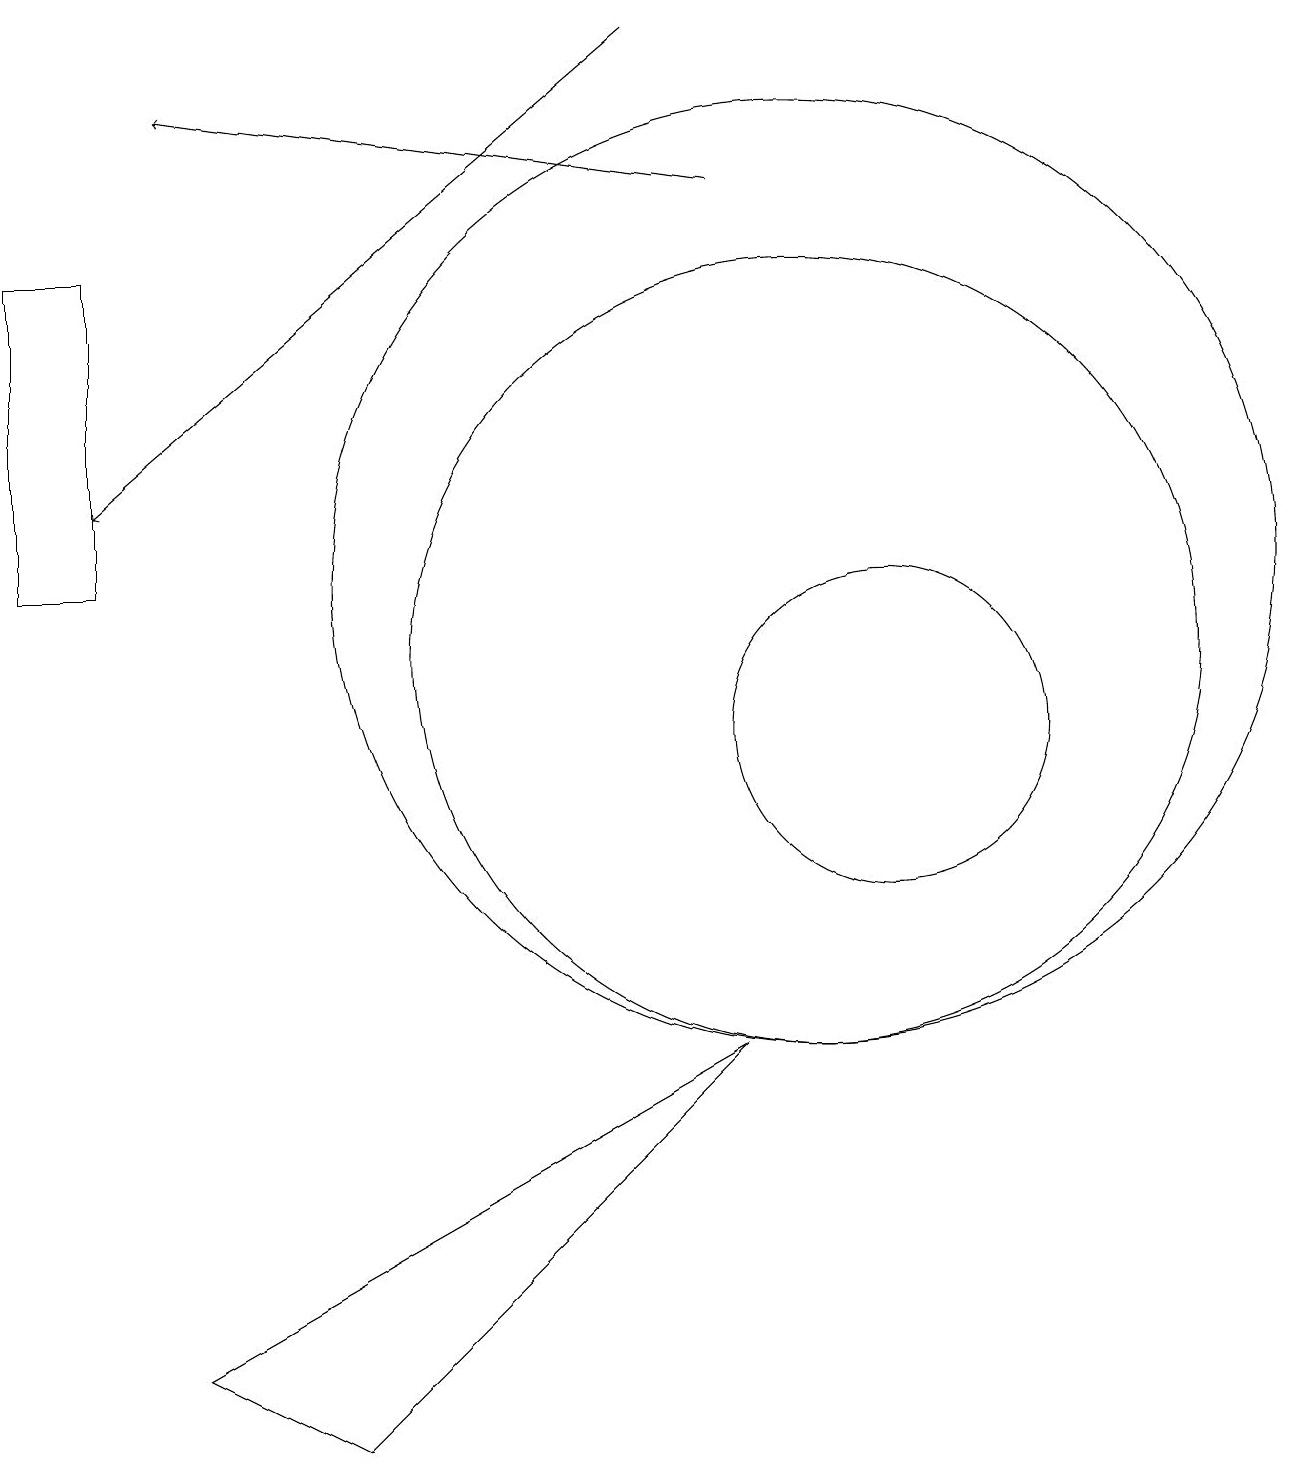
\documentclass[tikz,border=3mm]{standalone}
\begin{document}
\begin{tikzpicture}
\draw (11,12) circle (0);
\draw[->] (8,19) -- (1,13);
\draw (10,11) circle (5);
\draw (0,16) rectangle (1,12);
\draw[->] (9,17) -- (2,18);
\draw (10,12) circle (6);
\draw (11,10) circle (2);
\draw (4,1) -- (2,2) -- (9,6) -- cycle;
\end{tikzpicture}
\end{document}